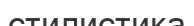
стилистика